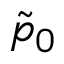
\tilde { p } _ { 0 }